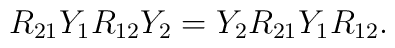
R_{21} Y_1 R_{12} Y_2 = Y_2 R_{21} Y_1 R_{12}.